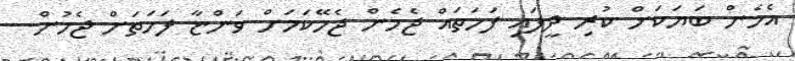
އެހެން ބަޔަކަށް ކުރި ދީފައި ފަހަތައް ޖެހެން ޖެހޭކަމަށް ވަންޏާ ފަހަތަށް ޖެހުން.